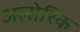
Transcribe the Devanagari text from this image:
अलोरिक